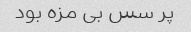
پر سس بی مزه بود